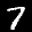
Label: 7